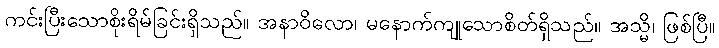
ကင်းပြီးသောစိုးရိမ်ခြင်းရှိသည်။ အနာဝိလော၊ မနောက်ကျုသောစိတ်ရှိသည်။ အသ္မိ၊ ဖြစ်ပြီ။